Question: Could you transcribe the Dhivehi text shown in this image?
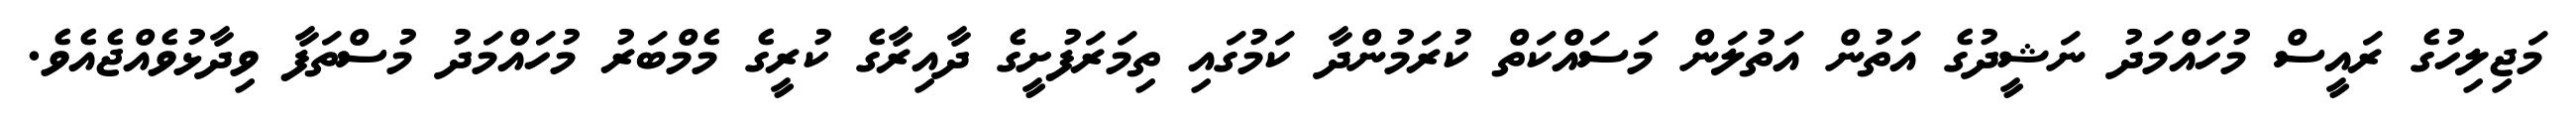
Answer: މަޖިލިހުގެ ރައީސް މުހައްމަދު ނަޝީދުގެ އަތުން އަތުލަން މަސައްކަތް ކުރަމުންދާ ކަމުގައި ތިމަރަފުށީގެ ދާއިރާގެ ކުރީގެ މެމްބަރު މުހައްމަދު މުސްތަފާ ވިދާޅުވެއްޖެއެވެ.